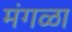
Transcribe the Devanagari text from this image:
मंगळा